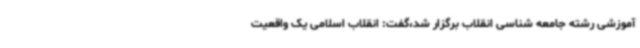
آموزشی رشته جامعه شناسی انقلاب برگزار شد،گفت: انقلاب اسلامی یک واقعیت